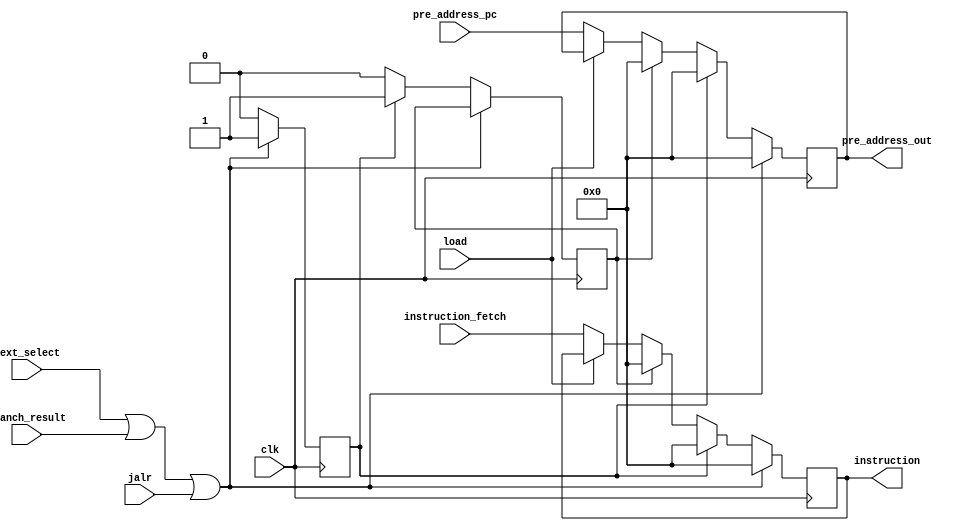
module fetch_pipe(
  input wire clk,
  input wire [31:0] pre_address_pc,
  input wire [31:0] instruction_fetch,
  input wire next_select,
  input wire branch_result,
  input wire jalr,
  input wire load,

  output wire [31:0] pre_address_out,
  output wire [31:0] instruction
);

  reg [31:0] pre_address, instruc;
  reg flush_pipeline , flush_pipeline2;

  always @ (posedge clk) begin
    if (next_select | branch_result | jalr) begin
      // If jal, jalr, or branch result is high, flush the pipeline for one cycle
      pre_address <= 32'b0;
      instruc <= 32'b0;
      flush_pipeline <= 1; // Set flag to flush for one cycle
    end 
    else begin
      if (flush_pipeline) begin
        // Stall the pipeline for one additional cycle after flushing
        pre_address <= 32'b0;
        instruc <= 32'b0;
        flush_pipeline <= 0; // Reset flag after one cycle stall
        flush_pipeline2 <= 1; // Set flag to flush for one cycle
      end
      else if (flush_pipeline2) begin
        // Stall the pipeline for one additional cycle after flushing
        pre_address <= 32'b0;
        instruc <= 32'b0;
        flush_pipeline2 <= 0; // Reset flag after one cycle stall
      end
      else if (load) begin
        //stall pipeline
        pre_address <= pre_address_out;
        instruc <= instruction;
      end
      else begin
        // For other instructions, proceed normally
        pre_address <= pre_address_pc;
        instruc <= instruction_fetch;
      end
    end
  end

  assign pre_address_out = pre_address;
  assign instruction = instruc;
endmodule